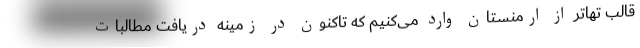
قالب تهاتر از ارمنستان وارد می‌کنیم که تاکنون در زمینه دریافت مطالبات